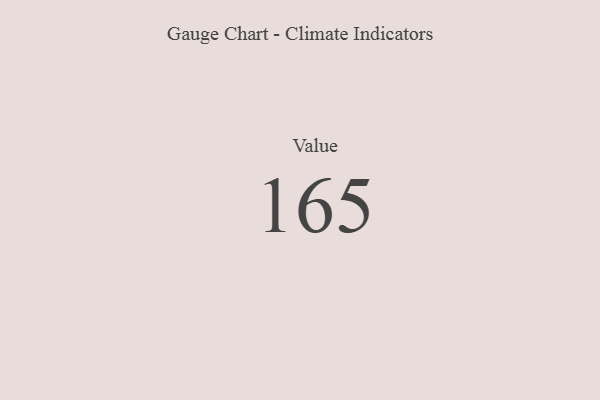
{"axis": {"x": "Metric", "y": "Value"}, "legend": [""], "data": [{"x": "Value", "y": 165, "type": ""}]}